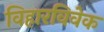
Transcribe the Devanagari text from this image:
विहारविवेक